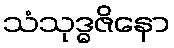
သံသုဒ္ဓဇိနော